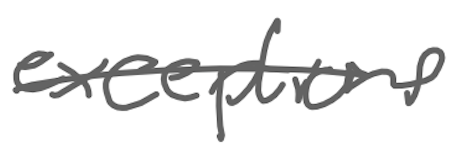
Text: exceptions
Cross-out: single-line
Writing tool: digital_gray